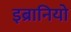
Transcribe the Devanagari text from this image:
इब्रानियो